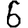
Digit: 6